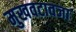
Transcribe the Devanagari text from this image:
मुखवटावजा